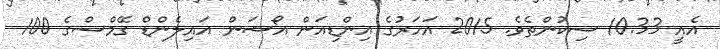
އެއީ 10.33 ސިކުންތެވެ. 2015 އަހަރުގެ އިންޑިއަން އޯޝަން އައިލެންޑް ގޭމްސްގެ 100